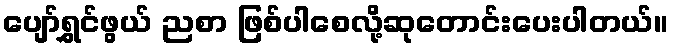
ပျော်ရွှင်ဖွယ် ညစာ ဖြစ်ပါစေလို့ဆုတောင်းပေးပါတယ်။